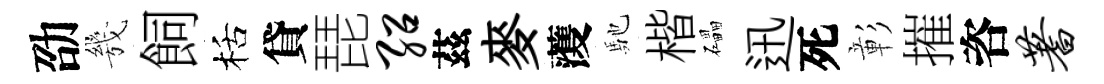
劭㡬飼栝貸琵绍茲麥𮑮馳楷礧迅死彰摧咨蓍